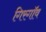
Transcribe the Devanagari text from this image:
गिरगॉव